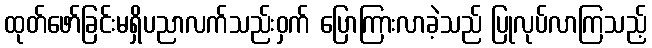
ထုတ်ဖော်ခြင်းမရှိပညာလက်သည်းဝှက် ပြောကြားလာခဲ့သည် ပြုလုပ်လာကြသည့်